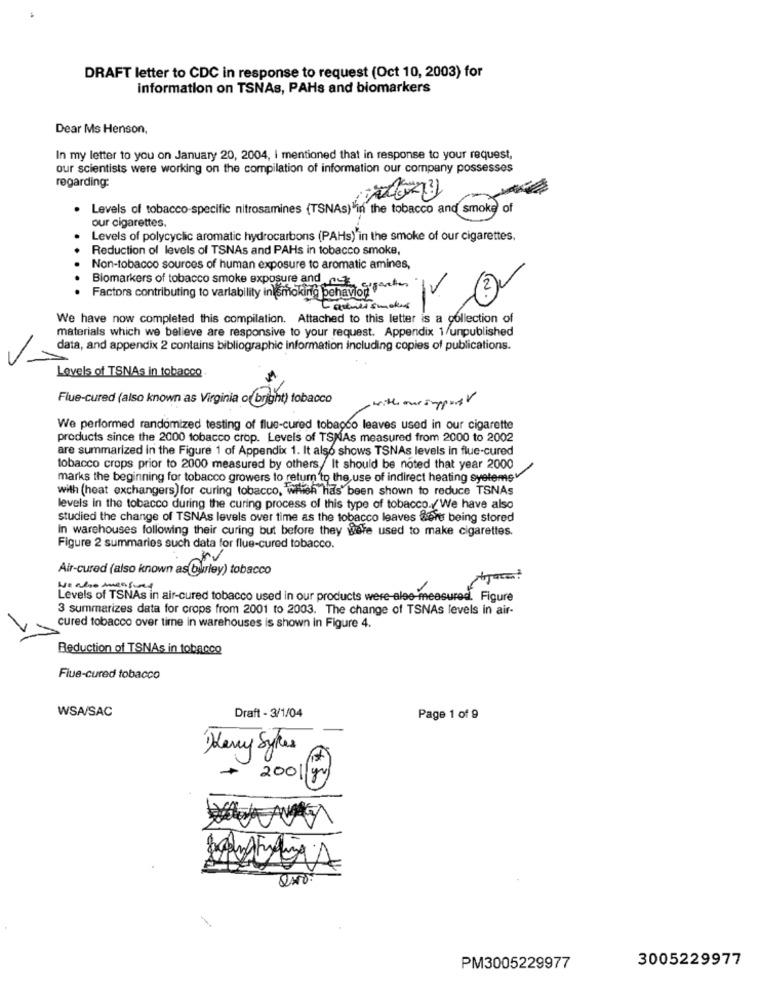
DRAFT letter to CDC in response to request (Oct 10, 2003) for
information on TSNAs, PAHs and biomarkers
Dear Ms Henson,
In my letter to you on January 20, 2004, I mentioned that in response to your request,
our scientists were working on the compilation of information our company possesses
regarding:
Levels of tobacco-specific nitrosamines (TSNAs)'in the tobacco and smoke of
our cigarettes.
Levels of polycyclic aromatic hydrocarbons (PAHs)'in the smoke of our cigarettes.
Reduction of levels of TSNAs and PAHs in tobacco smoke,
Non-tobacco sources of human exposure to aromatic amines,
Biomarkers of tobacco smoke exposure and rok erection
Factors contributing to variability inismoking behavior
Larmet smaken
We have now completed this compilation. Attached to this letter is a collection of
materials which we believe are responsive to your request. Appendix 1/unpublished
data, and appendix 2 contains bibliographic information including copies of publications.
Levels of TSNAs in tobacco
Flue-cured (also known as Virginia ofbright) tobacco
with our support
We performed randomized testing of flue-cured tobacco leaves used in our cigarette
products since the 2000 tobacco crop. Levels of TSNAs measured from 2000 to 2002
are summarized in the Figure 1 of Appendix 1. It also shows TSNAs levels in flue-cured
tobacco crops prior to 2000 measured by others. It should be noted that year 2000
marks the beginning for tobacco growers to return to the use of indirect heating systemsy
with (heat exchangers) for curing tobacco, which has been shown to reduce TSNAs
levels in the tobacco during the curing process of this type of tobacco./We have also
studied the change of TSNAs levels over time as the tobacco leaves Sont being stored
In warehouses following their curing but before they were used to make cigarettes.
Figure 2 summaries such data for flue-cured tobacco.
rv
Air-cured (also known as burley) tobacco
Levels of TSNAs in air-cured tobacco used in our products were-alee-measured. Figure
3 summarizes data for crops from 2001 to 2003. The change of TSNAs levels in air-
cured tobacco over time in warehouses is shown in Figure 4.
Reduction of TSNAs in tobacco
Flue-cured tobacco
WSA/SAC
Draft - 3/1/04
Page 1 of 9
Harry Sykes
2001
3005229977
PM3005229977